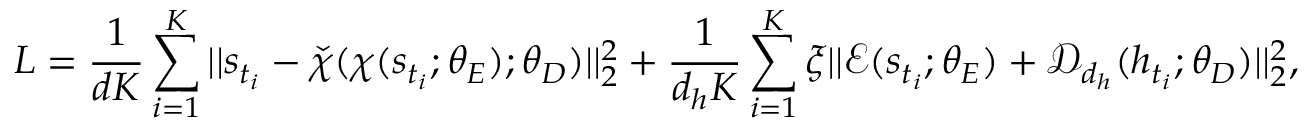
L = \frac { 1 } { d K } \sum _ { i = 1 } ^ { K } | | s _ { t _ { i } } - \check { \chi } ( \chi ( s _ { t _ { i } } ; \theta _ { E } ) ; \theta _ { D } ) | | _ { 2 } ^ { 2 } + \frac { 1 } { d _ { h } K } \sum _ { i = 1 } ^ { K } \xi | | \mathcal { E } ( s _ { t _ { i } } ; \theta _ { E } ) + \mathcal { D } _ { d _ { h } } ( h _ { t _ { i } } ; \theta _ { D } ) | | _ { 2 } ^ { 2 } ,